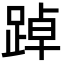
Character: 踔